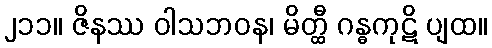
၂၁၁။ ဇိနဿ ဝါသဘဝန၊ မိတ္ထီ ဂန္ဓကုဋိ ပျထ။